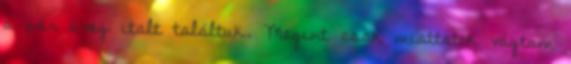
a pár üveg italt találtuk. Megint csak miattatok vágtam